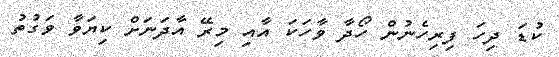
ކުޑަ ދިހަ ފިރިހެނުން ހޯދާ ވާހަކަ އާއި މިރޭ އާދަނަށް ކިޔަވާ ވަގުތު